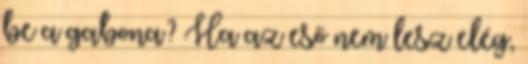
be a gabona? Ha az eső nem lesz elég,